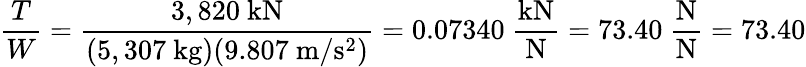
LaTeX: {\frac{T}{W}}={\frac{3,820\ \mathrm{kN}}{(5,307\ \mathrm{kg})(9.807\ \mathrm{m/s^{2}})}}=0.07340\ {\frac{\mathrm{kN}}{\mathrm{N}}}=73.40\ {\frac{\mathrm{N}}{\mathrm{N}}}=73.40